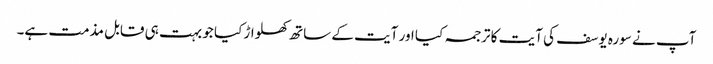
آپ نے سورہ یوسف کی آیت کا ترجمہ کیا اور آیت کے ساتھ کھلواڑ کیا جو بہت ہی قابل مذمت ہے۔